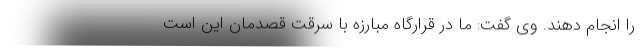
را انجام دهند. وی گفت: ما در قرارگاه مبارزه با سرقت قصدمان این است